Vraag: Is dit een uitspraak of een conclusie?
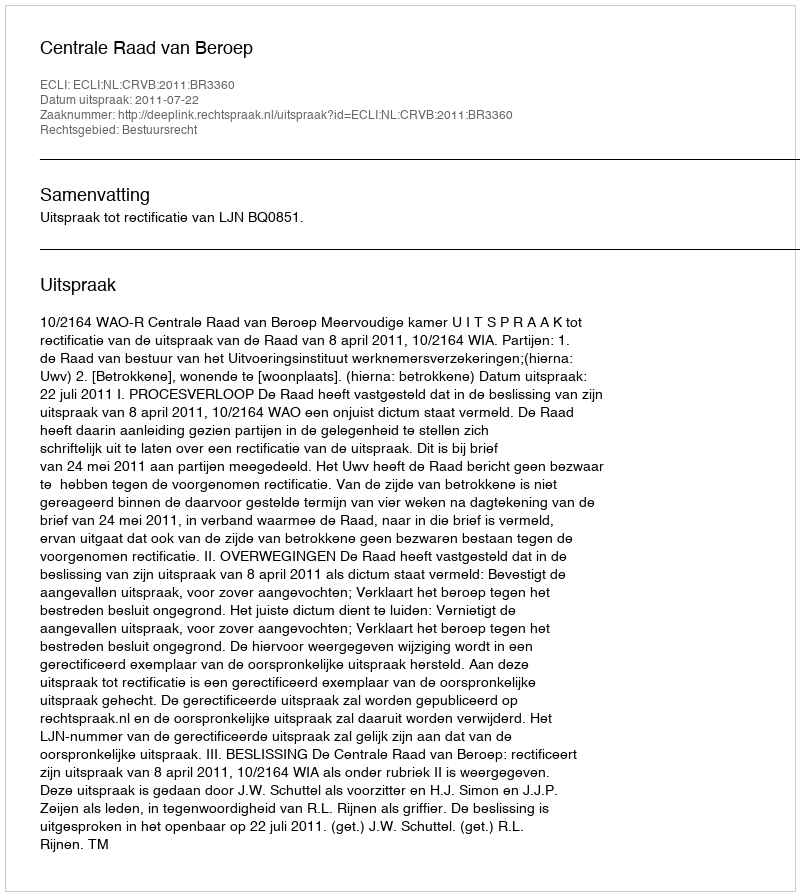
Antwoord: Uitspraak